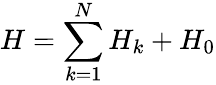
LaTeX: H=\sum_{k=1}^{N}{{{H}_{k}}}+{{H}_{0}}